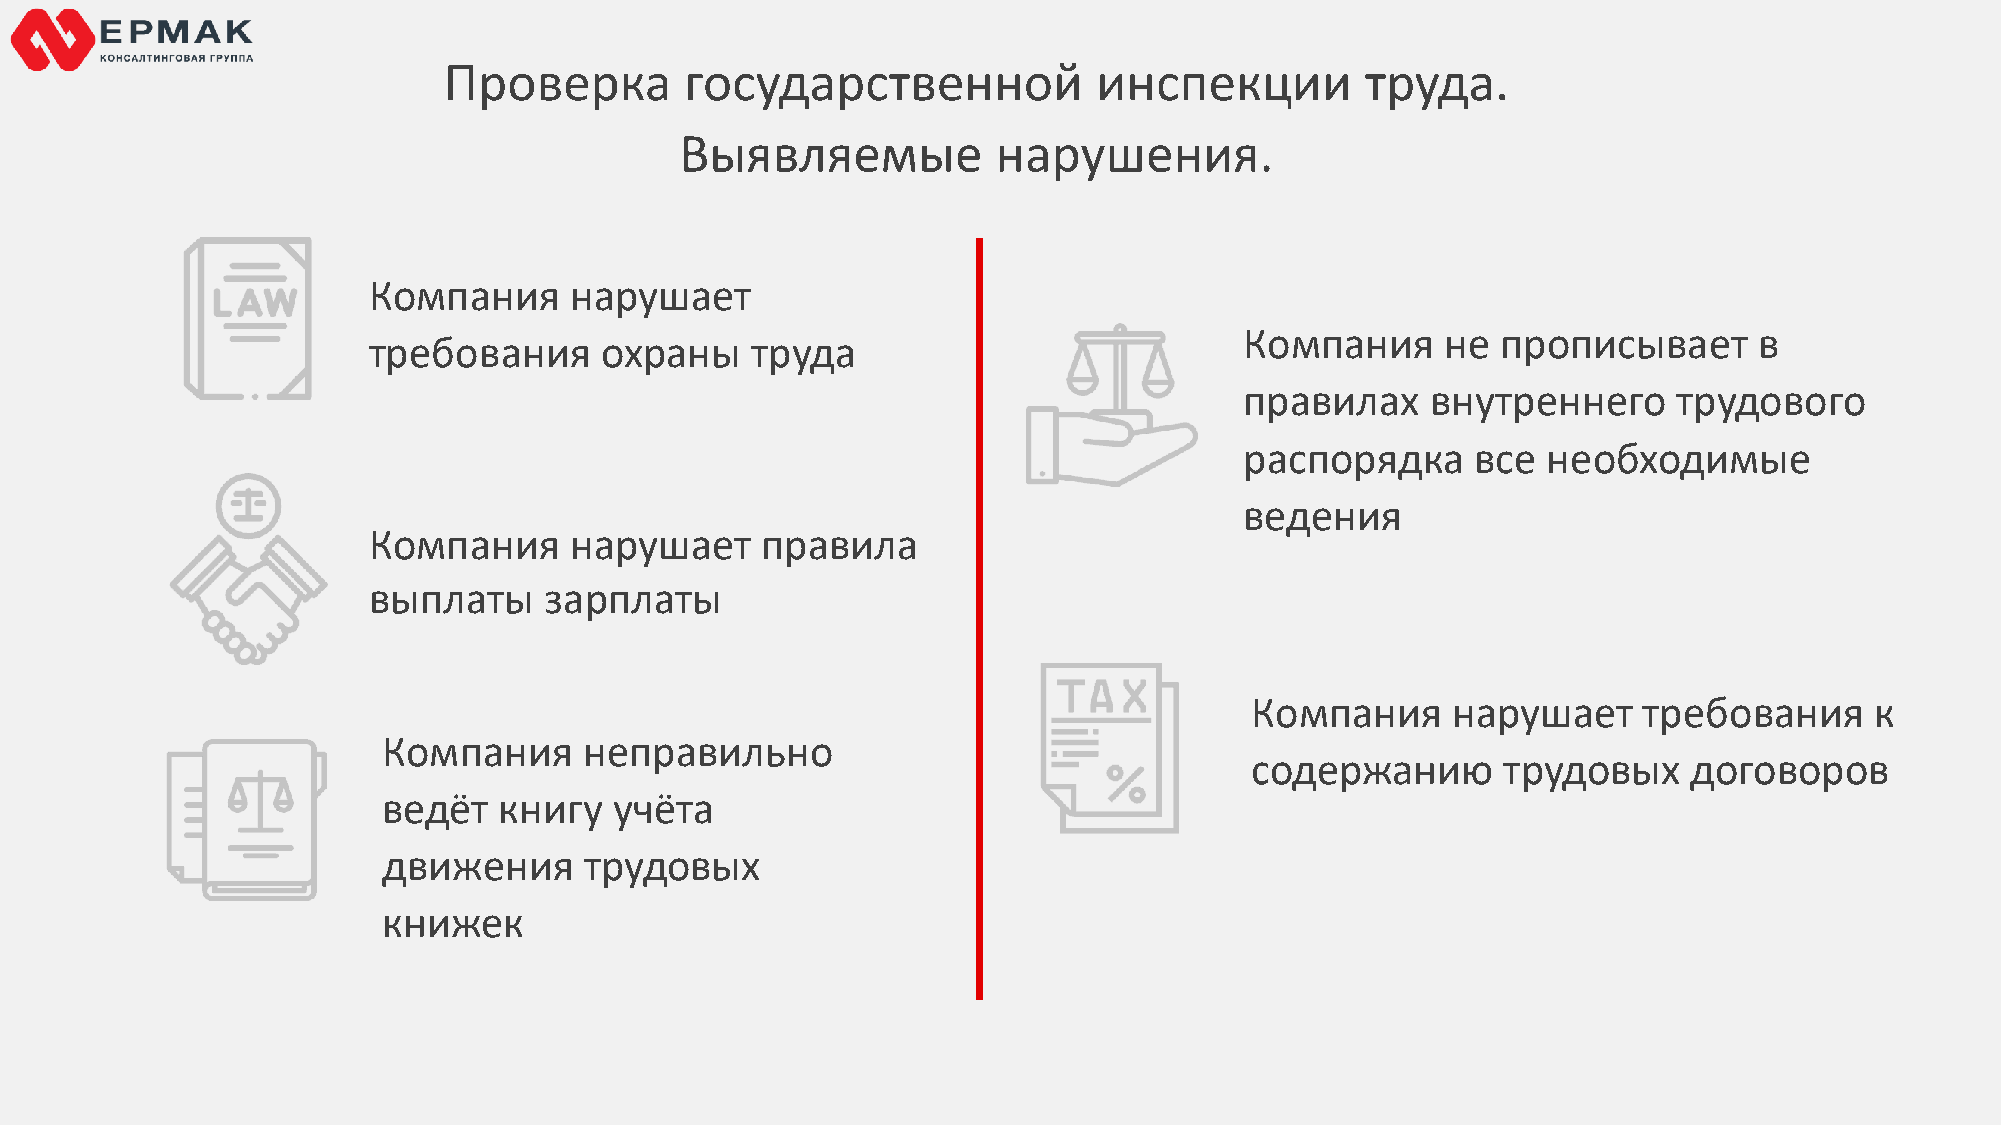
Проверка        государственной             инспекции        труда.
 Выявляемые           нарушения.
 Компания      нарушает
 Компания      не прописывает      в
 требования      охраны    труда
 правилах     внутреннего     трудового
 распорядка      все необходимые
 ведения
 Компания      нарушает    правила
 выплаты     зарплаты
 Компания     нарушает     требования     к
 Компания      неправильно
 содержанию      трудовых     договоров
 ведёт   книгу   учёта
 движения      трудовых
 книжек